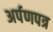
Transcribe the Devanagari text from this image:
अर्पणपत्र